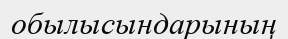
обылысындарының